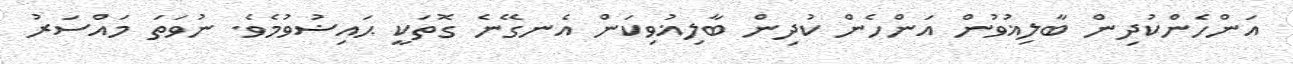
އަންހެންކުދިން ބާލިޣުވުން އަންހެން ކުދިން ބާލިޣުވިކަން އެނގޭނެ ގޮތަކީ ޙައިޟުވުމެވެ. ނުވަތަ މައްސަރު